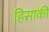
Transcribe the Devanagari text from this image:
हिसाकी